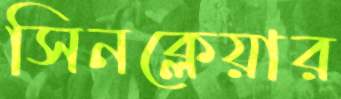
সিনক্লেয়ার